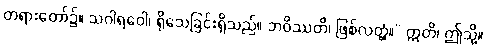
တရားတော်၌။ သဂါရဝေါ၊ ရိုသေခြင်းရှိသည်။ ဘဝိဿတိ၊ ဖြစ်လတ္တံ့။” ဣတိ၊ ဤသို့။